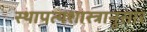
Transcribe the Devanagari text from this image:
स्थापत्यशास्त्रानुसार